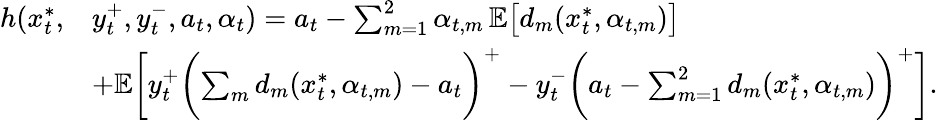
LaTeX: \begin{array}{rl}{h(x_{t}^{*},}&{y_{t}^{+},y_{t}^{-},a_{t},\alpha_{t})=a_{t}-\sum_{m=1}^{2}\alpha_{t,m}\, \mathbb{E}\bigl[d_{m}(x_{t}^{*},\alpha_{t,m})\bigr]}\\ &{+\mathbb{E}\biggl[y_{t}^{+}\biggl(\sum_{m}d_{m}(x_{t}^{*},\alpha_{t,m})-a_{t}\biggr)^{+}-y_{t}^{-}\biggl(a_{t}-\sum_{m=1}^{2}d_{m}(x_{t}^{*},\alpha_{t,m})\biggr)^{+}\biggr].}\end{array}